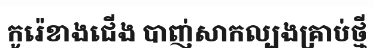
កូរ៉េខាងជើង បាញ់សាកល្បងគ្រាប់ថ្មី